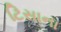
ટિસાના